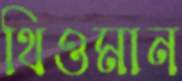
থিওমান